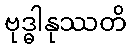
ဗုဒ္ဓါနုဿတိ